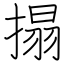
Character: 搨